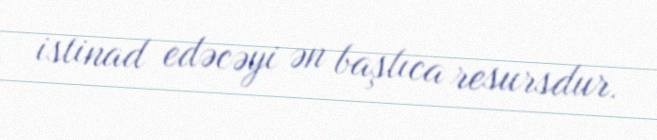
istinad edəcəyi ən başlıca resursdur.